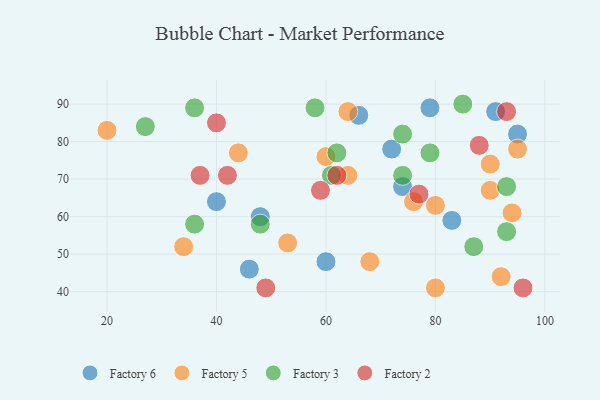
{"axis": {"x": "GDP", "y": "Life Expectancy"}, "legend": ["Factory 2", "Factory 3", "Factory 5", "Factory 6"], "data": [{"x": "60", "y": 48, "type": "Factory 6"}, {"x": "91", "y": 88, "type": "Factory 6"}, {"x": "46", "y": 46, "type": "Factory 6"}, {"x": "74", "y": 68, "type": "Factory 6"}, {"x": "66", "y": 87, "type": "Factory 6"}, {"x": "95", "y": 82, "type": "Factory 6"}, {"x": "79", "y": 89, "type": "Factory 6"}, {"x": "48", "y": 60, "type": "Factory 6"}, {"x": "40", "y": 64, "type": "Factory 6"}, {"x": "83", "y": 59, "type": "Factory 6"}, {"x": "72", "y": 78, "type": "Factory 6"}, {"x": "64", "y": 88, "type": "Factory 5"}, {"x": "80", "y": 41, "type": "Factory 5"}, {"x": "95", "y": 78, "type": "Factory 5"}, {"x": "64", "y": 71, "type": "Factory 5"}, {"x": "94", "y": 61, "type": "Factory 5"}, {"x": "90", "y": 67, "type": "Factory 5"}, {"x": "90", "y": 74, "type": "Factory 5"}, {"x": "68", "y": 48, "type": "Factory 5"}, {"x": "20", "y": 83, "type": "Factory 5"}, {"x": "53", "y": 53, "type": "Factory 5"}, {"x": "34", "y": 52, "type": "Factory 5"}, {"x": "44", "y": 77, "type": "Factory 5"}, {"x": "92", "y": 44, "type": "Factory 5"}, {"x": "80", "y": 63, "type": "Factory 5"}, {"x": "76", "y": 64, "type": "Factory 5"}, {"x": "60", "y": 76, "type": "Factory 5"}, {"x": "93", "y": 68, "type": "Factory 3"}, {"x": "79", "y": 77, "type": "Factory 3"}, {"x": "36", "y": 89, "type": "Factory 3"}, {"x": "36", "y": 58, "type": "Factory 3"}, {"x": "48", "y": 58, "type": "Factory 3"}, {"x": "27", "y": 84, "type": "Factory 3"}, {"x": "74", "y": 71, "type": "Factory 3"}, {"x": "62", "y": 77, "type": "Factory 3"}, {"x": "85", "y": 90, "type": "Factory 3"}, {"x": "58", "y": 89, "type": "Factory 3"}, {"x": "61", "y": 71, "type": "Factory 3"}, {"x": "93", "y": 56, "type": "Factory 3"}, {"x": "74", "y": 82, "type": "Factory 3"}, {"x": "87", "y": 52, "type": "Factory 3"}, {"x": "59", "y": 67, "type": "Factory 2"}, {"x": "42", "y": 71, "type": "Factory 2"}, {"x": "96", "y": 41, "type": "Factory 2"}, {"x": "88", "y": 79, "type": "Factory 2"}, {"x": "40", "y": 85, "type": "Factory 2"}, {"x": "62", "y": 71, "type": "Factory 2"}, {"x": "49", "y": 41, "type": "Factory 2"}, {"x": "93", "y": 88, "type": "Factory 2"}, {"x": "77", "y": 66, "type": "Factory 2"}, {"x": "37", "y": 71, "type": "Factory 2"}]}